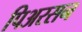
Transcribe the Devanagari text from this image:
पिअरसन